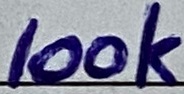
Text: 100K